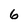
Character: 6